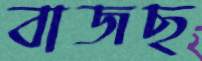
বাজছ